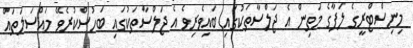
މިނިސްޓްރީގެ ލަފާގެ މަތިން އެ ޖަލްސާތަކުގައި ބައިވެރިވެ އެ ޖަލްސާތަކުގައި ބަހުސްކުރެވޭ މައްސަލަތައް